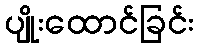
ပျိုးထောင်ခြင်း